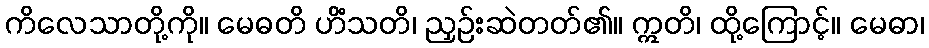
ကိလေသာတို့ကို။ မေဓတိ ဟိံသတိ၊ ညှဉ်းဆဲတတ်၏။ ဣတိ၊ ထို့ကြောင့်။ မေဓာ၊